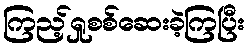
ကြည့်ရှုစစ်ဆေးခဲ့ကြပြီး